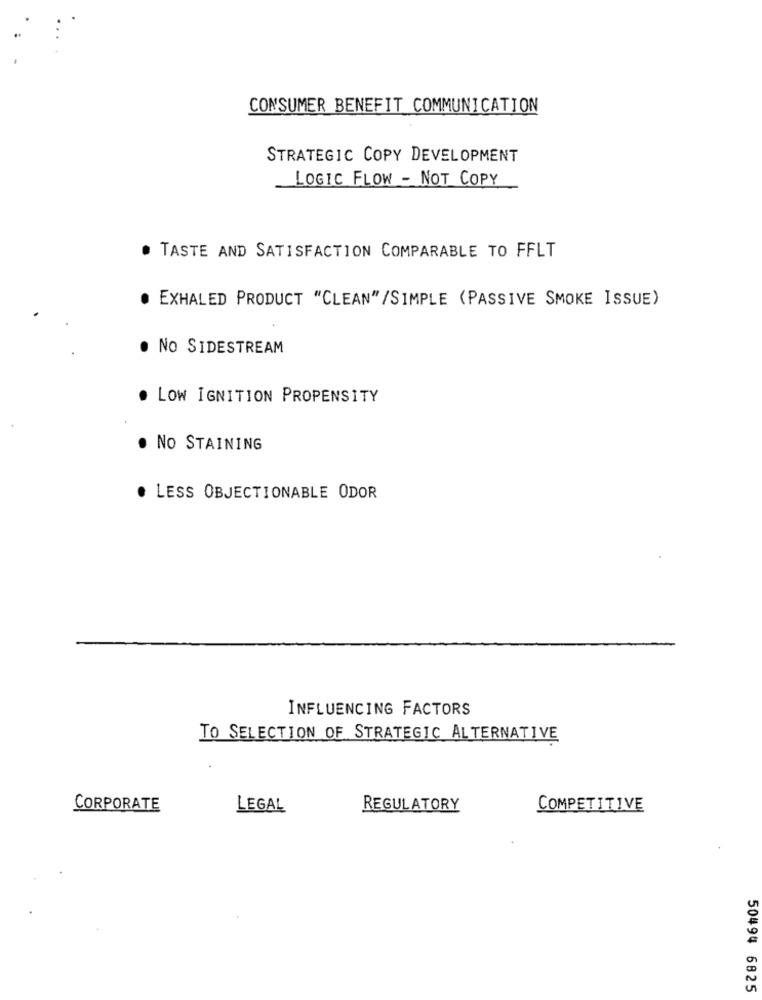
CONSUMER BENEFIT COMMUNICATION
STRATEGIC COPY DEVELOPMENT
LOGIC FLOW - NOT COPY
TASTE AND SATISFACTION COMPARABLE TO FFLT
· EXHALED PRODUCT "CLEAN"/SIMPLE (PASSIVE SMOKE ISSUE)
· NO SIDESTREAM
LOW IGNITION PROPENSITY
. NO STAINING
LESS OBJECTIONABLE ODOR
INFLUENCING FACTORS
TO SELECTION OF STRATEGIC ALTERNATIVE
CORPORATE
LEGAL
REGULATORY
COMPETITIVE
50494 6825